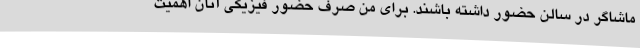
ماشاگر در سالن حضور داشته باشند. برای من صرف حضور فیزیکی آنان اهمیت